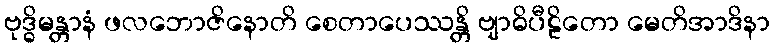
ဗုဒ္ဓိမန္တာနံ ဖလဘောဇိနောတိ စေတာပေဿန္တိ ဗျာဓိပီဠိတော မေတိအာဒိနာ